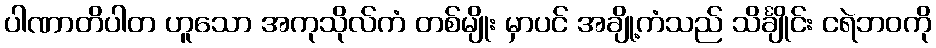
ပါဏာတိပါတ ဟူသော အကုသိုလ်ကံ တစ်မျိုး မှာပင် အချို့ကံသည် သိင်္ချိုင်း ငရဲဘဝကို